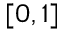
[ 0 , 1 ]